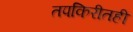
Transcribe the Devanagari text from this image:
तपकिरीतही